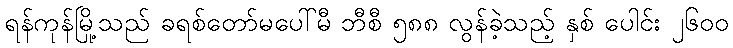
ရန်ကုန်မြို့သည် ခရစ်တော်မပေါ်မီ ဘီစီ ၅၈၈ လွန်ခဲ့သည့် နှစ် ပေါင်း ၂၆၀၀